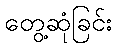
တွေ့ဆုံခြင်း